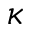
\kappa